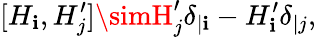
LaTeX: [H_{\mathbf{i}},H_{j}^{\prime}]\simH_{j}^{\prime}\delta_{|\mathbf{i}}-H_{\mathbf{i}}^{\prime}\delta_{|j},